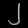
Digit: ၂